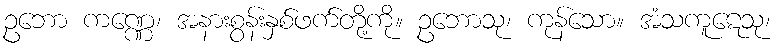
ဥဘော ကဏ္ဏေ၊ အနားစွန်းနှစ်ဖက်တို့ကို။ ဥဘောသု၊ ကုန်သော။ အံသကူဋေသု၊